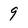
Character: 9